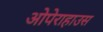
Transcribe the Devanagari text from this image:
ओपेराहाउस